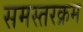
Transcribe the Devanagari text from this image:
समस्तरक्रम